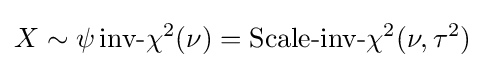
X\sim \psi \,{\mbox{inv-}}\chi ^{2}(\nu )={\mbox{Scale-inv-}}\chi ^{2}(\nu ,\tau ^{2})